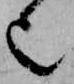
也